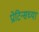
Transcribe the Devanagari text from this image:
प्रोटिन्सच्या